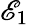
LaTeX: \mathscr{E}_{1}